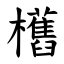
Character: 欍